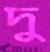
দু